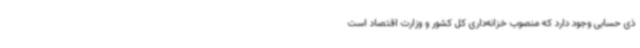
ذی حسابی وجود دارد که منصوب خزانه‌داری کل کشور و وزارت اقتصاد است